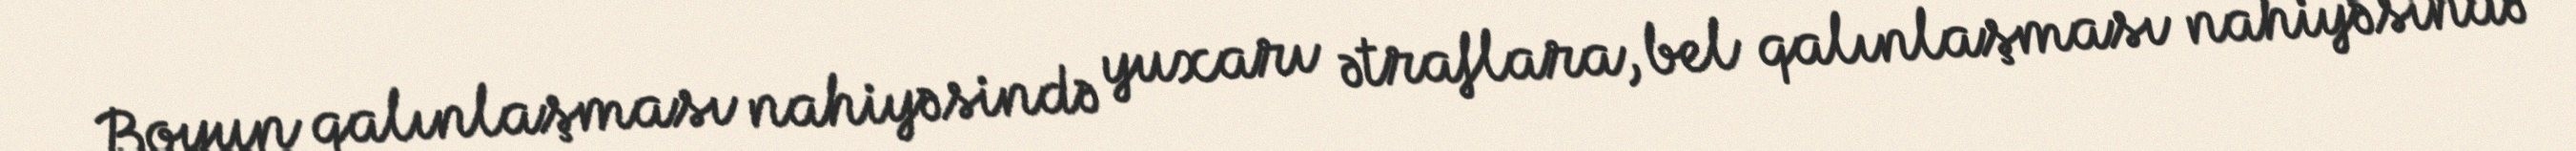
Boyun qalınlaşması nahiyəsində yuxarı ətraflara, bel qalınlaşması nahiyəsində